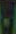
-